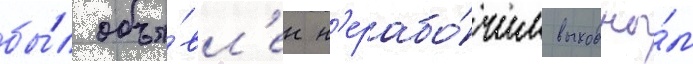
бы́л объя́вл'ен н'ерабо́чим выходны́м